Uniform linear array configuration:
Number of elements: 4
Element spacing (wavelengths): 1
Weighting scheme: exponential
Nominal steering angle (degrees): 45
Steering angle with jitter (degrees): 45.299
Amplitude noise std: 0.05
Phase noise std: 0.05

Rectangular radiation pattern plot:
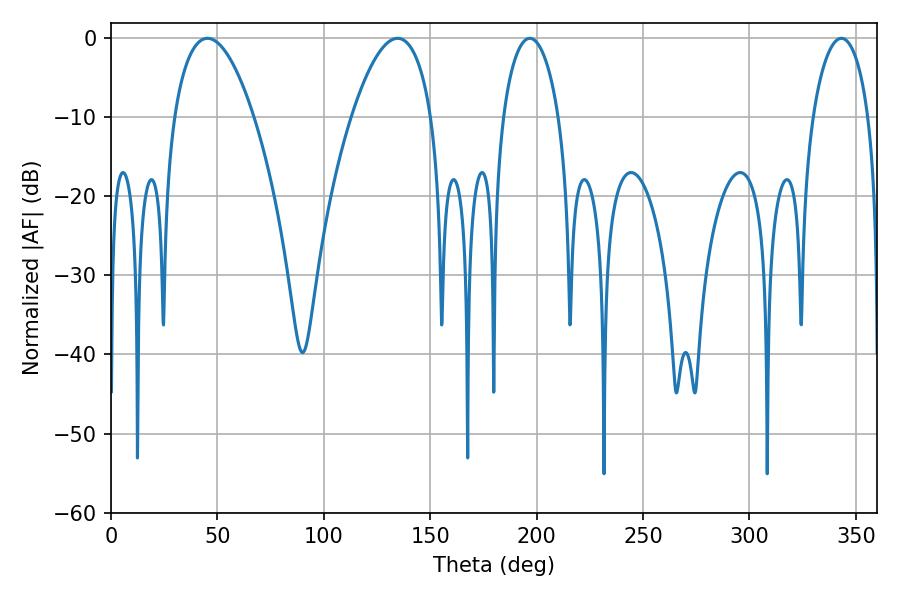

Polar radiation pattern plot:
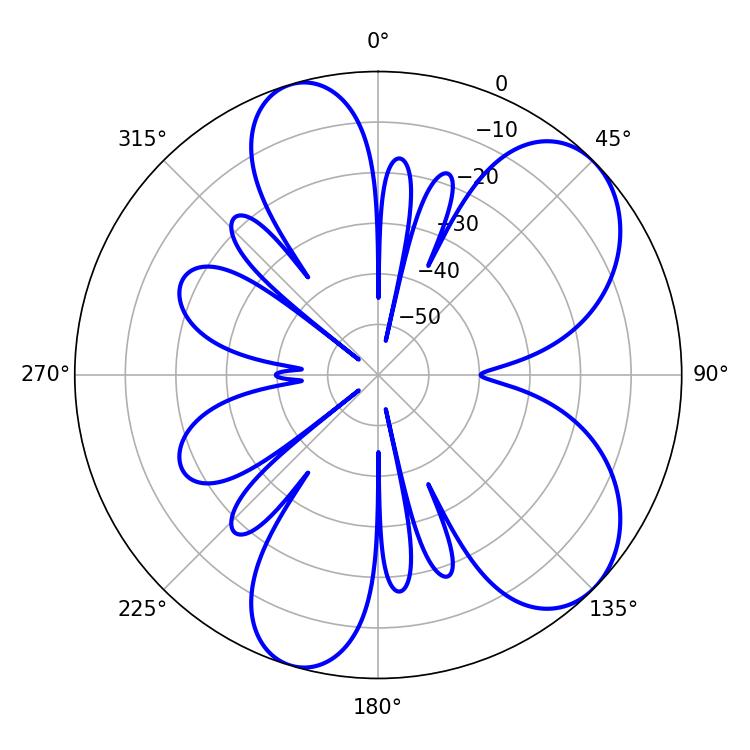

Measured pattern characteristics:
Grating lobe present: TRUE
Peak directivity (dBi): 7.099
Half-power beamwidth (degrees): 20.88
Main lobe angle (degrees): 45.36